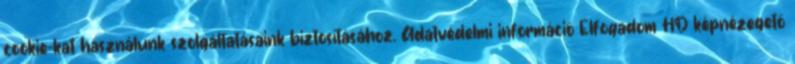
cookie-kat használunk szolgáltatásaink biztosításához. Adatvédelmi információ Elfogadom HD képnézegető